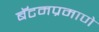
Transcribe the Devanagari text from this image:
बॅटमप्रमाणे